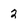
Character: 2